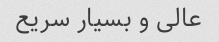
عالی و بسیار سریع